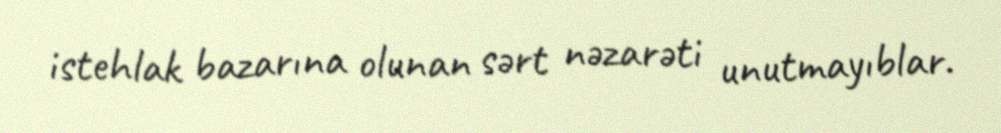
istehlak bazarına olunan sərt nəzarəti unutmayıblar.